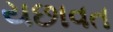
યછાવત